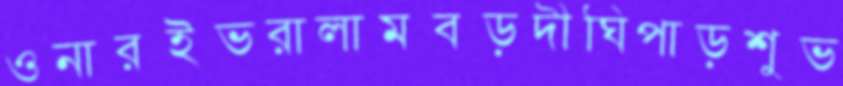
ওনারইভরালামবড়দীঘিপাড়শুভ